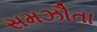
સમઝૌતા